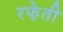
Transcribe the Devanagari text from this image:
रफे़ती